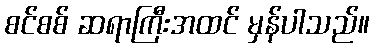
စင်စစ် ဆရာကြီးအထင် မှန်ပါသည်။